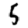
Digit: 5